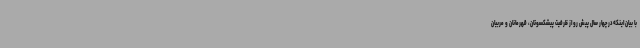
با بیان اینکه در چهار سال پیش رو از ظرفیت پیشکسوتان، قهرمانان و مربیان